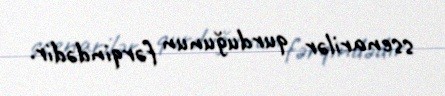
ssenarilər qurduğunun fərqindədir.